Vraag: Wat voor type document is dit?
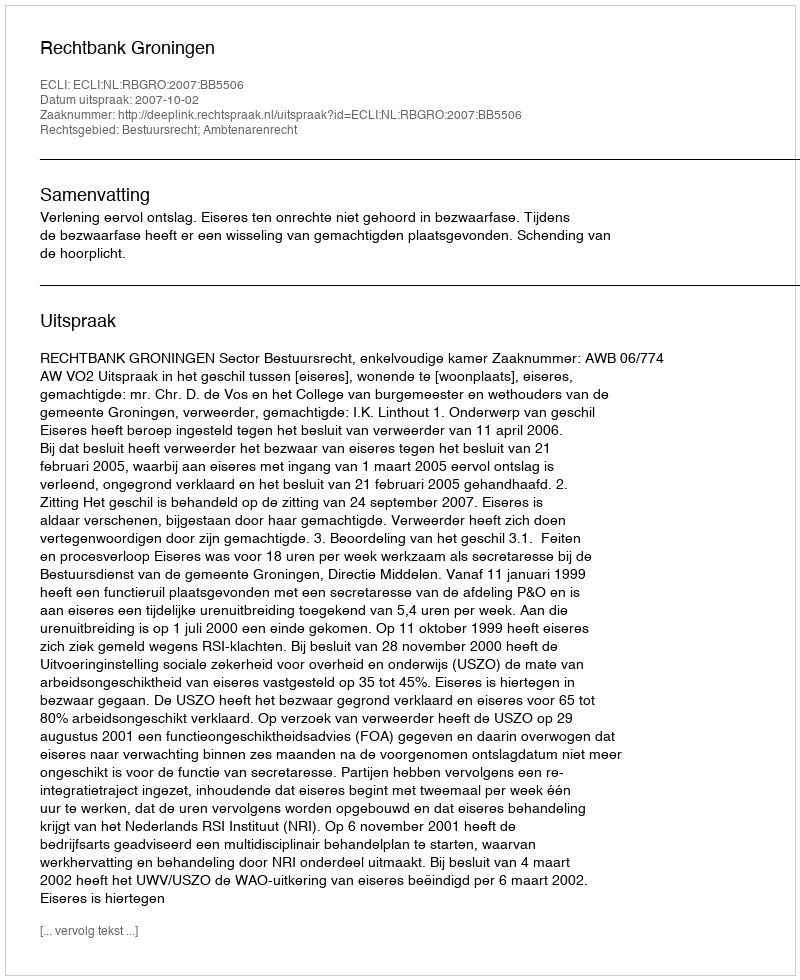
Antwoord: Uitspraak